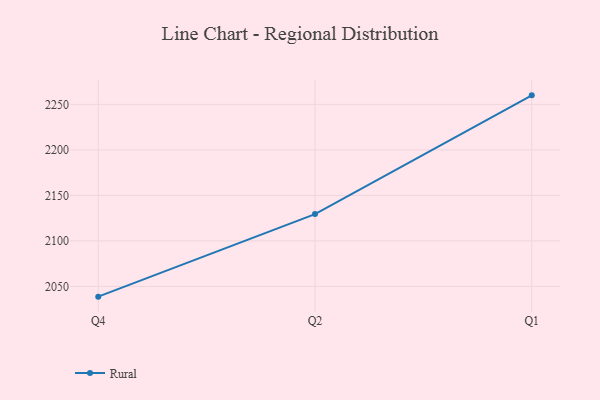
{"axis": {"x": "Quarter", "y": "Active Users"}, "legend": ["Rural"], "data": [{"x": "Q4", "y": 2038.8, "type": "Rural"}, {"x": "Q2", "y": 2129.5, "type": "Rural"}, {"x": "Q1", "y": 2259.9, "type": "Rural"}]}